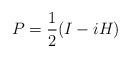
LaTeX: \begin{align*}P = \frac12(I-iH)\end{align*}